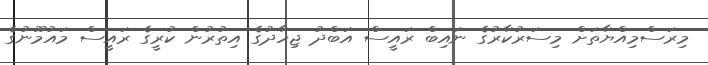
މިރަސްމިއްޔާތަށް މިސަރުކާރުގެ ނައިބް ރައީސް އަބްދު ޖިހާދުގެ އިތުރުން ކުރީގެ ރައީސް މައުމޫނުގެ